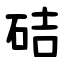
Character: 硈